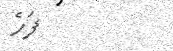
ފަހެ